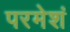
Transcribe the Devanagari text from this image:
परमेशं